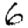
Digit: 6